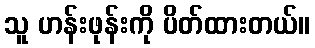
သူ ဟန်းဖုန်းကို ပိတ်ထားတယ်။